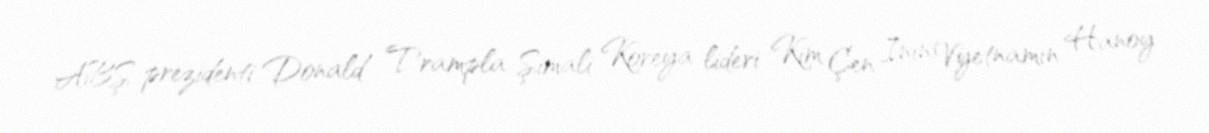
ABŞ prezidenti Donald Trampla Şimali Koreya lideri Kim Çen Inın Vyetnamın Hanoy